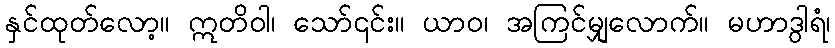
နှင်ထုတ်လော့။ ဣတိဝါ၊ သော်၎င်း။ ယာဝ၊ အကြင်မျှလောက်။ မဟာဒွါရံ၊